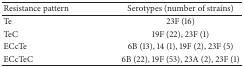
| Resistance pattern | Serotypes (number of strains) |
 | --- | --- |
 | Te | 23F (16) |
 | TeC | 19F (22), 23F (1) |
 | ECcTe | 6B (13), 14 (1), 19F (2), 23F (5) |
 | ECcTeC | 6B (22), 19F (53), 23A (2), 23F (1) |